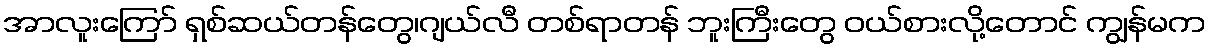
အာလူးကြော် ရှစ်ဆယ်တန်တွေ၊ဂျယ်လီ တစ်ရာတန် ဘူးကြီးတွေ ဝယ်စားလို့တောင် ကျွန်မက